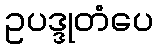
ဥပဒ္ဒုတံပေ